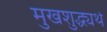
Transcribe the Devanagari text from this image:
मुखशुद्ध्यर्थ